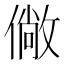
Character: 僘